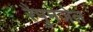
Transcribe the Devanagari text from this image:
रैपुनजेल